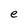
Character: e